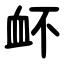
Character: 衃